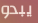
يبدو